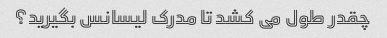
چقدر طول می کشد تا مدرک لیسانس بگیرید؟